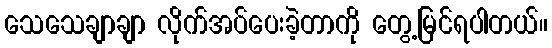
သေသေချာချာ လိုက်အပ်ပေးခဲ့တာကို တွေ့မြင်ရပါတယ်။